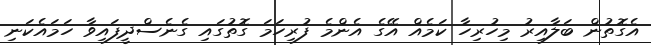
އެގޮތުން ބަލާއިރު މިހުރިހާ ކަމެއް އޭގެ އެންމެ ފުރިހަމަ ގޮތުގައި ގެނެސްދީފައިވާ ހަމައެކަނި